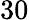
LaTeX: \mathrm{30}